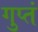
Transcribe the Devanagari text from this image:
गुप्तं